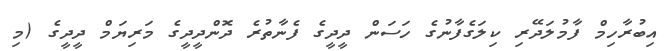
އިބުރާހިމް ފާމުލަދޭރި ކިލަގެފާނުގެ ހަސަން ދީދީގެ ފެނާތުރެ ދޮންދީދީގެ މަރިޔަމް ދީދީގެ (މި